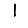
Digit: 1